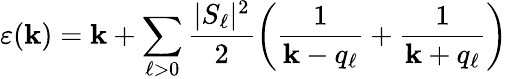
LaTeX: \varepsilon(\mathbf{k})=\mathbf{k}+\sum_{\ell>0}\frac{{|S_{\ell}|^{2}}}{{2}}\left(\frac{{1}}{{\mathbf{k}-q_{\ell}}}+\frac{{1}}{{\mathbf{k}+q_{\ell}}}\right)